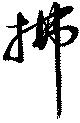
拂